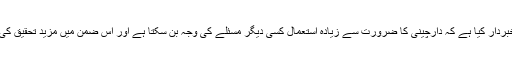
تاہم انہوں نے خبردار کیا ہے کہ دارچینی کا ضرورت سے زیادہ استعمال کسی دیگر مسئلے کی وجہ بن سکتا ہے اور اس ضمن میں مزید تحقیق کی ضرورت ہے۔